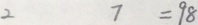
2 7 = 9 8